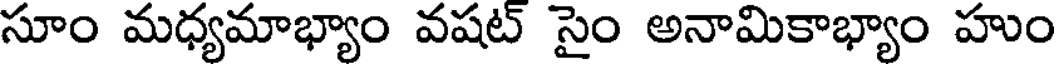
సూం మధ్యమాభ్యాం వషట్ సైం అనామికాభ్యాం హుం